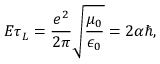
E \tau _ { L } = \frac { e ^ { 2 } } { 2 \pi } \sqrt { \frac { \mu _ { 0 } } { \epsilon _ { 0 } } } = 2 \alpha \hbar ,